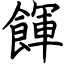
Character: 餫